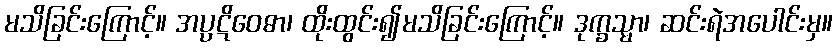
မသိခြင်းကြောင့်။ အပ္ပဋိဝေဓာ၊ ထိုးထွင်း၍မသိခြင်းကြောင့်။ ဒုက္ခသ္မာ၊ ဆင်းရဲအပေါင်းမှ။